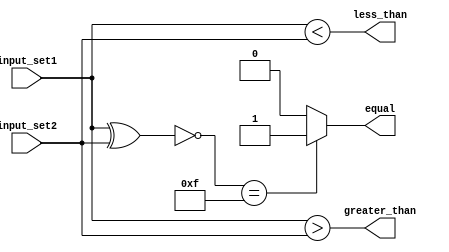
module parallel_comparator (
    input [3:0] input_set1,
    input [3:0] input_set2,
    output equal,
    output greater_than,
    output less_than
);

wire [3:0] equal_bits;
wire [3:0] greater_than_bits;
wire [3:0] less_than_bits;

assign equal_bits = ~(input_set1 ^ input_set2);
assign greater_than_bits = (input_set1 > input_set2);
assign less_than_bits = (input_set1 < input_set2);

assign equal = (equal_bits == 4'b1111) ? 1'b1 : 1'b0;
assign greater_than = |greater_than_bits;
assign less_than = |less_than_bits;

endmodule